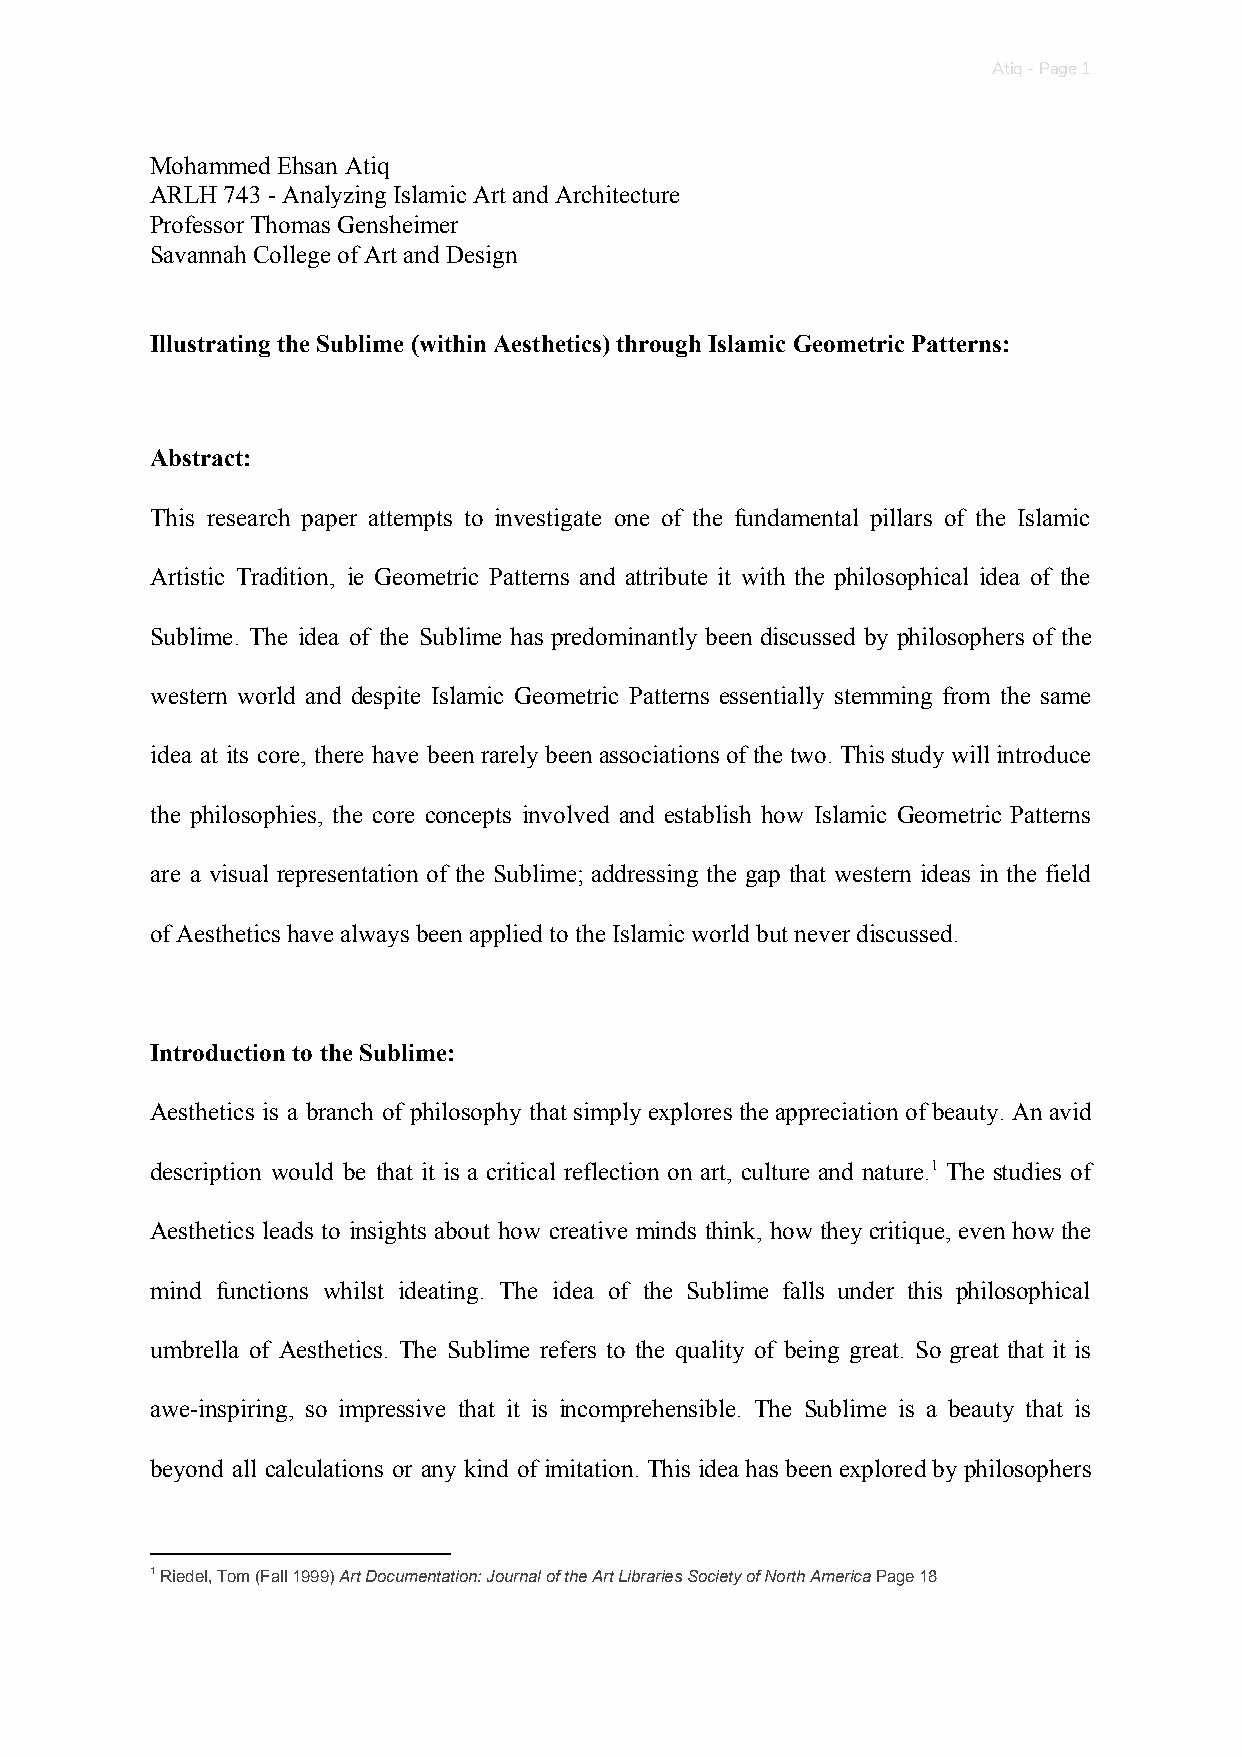
Atiq - Page 1
 Mohammed Ehsan Atiq
 ARLH 743 - Analyzing Islamic Art and Architecture
 Professor Thomas Gensheimer
 Savannah College of Art and Design
 Illustrating the Sublime (within Aesthetics) through Islamic Geometric Patterns:
 Abstract:
 This research paper attempts to investigate one of the fundamental pillars of the Islamic
 Artistic Tradition, ie Geometric Patterns and attribute it with the philosophical idea of the
 Sublime. The idea of the Sublime has predominantly been discussed by philosophers of the
 western world and despite Islamic Geometric Patterns essentially stemming from the same
 idea at its core, there have been rarely been associations of the two. This study will introduce
 the philosophies, the core concepts involved and establish how Islamic Geometric Patterns
 are a visual representation of the Sublime; addressing the gap that western ideas in the field
 of Aesthetics have always been applied to the Islamic world but never discussed.
 Introduction to the Sublime:
 Aesthetics is a branch of philosophy that simply explores the appreciation of beauty. An avid
 description would be that it is a critical reflection on art, culture and nature.1 The studies of
 Aesthetics leads to insights about how creative minds think, how they critique, even how the
 mind functions whilst ideating. The idea of the Sublime falls under this philosophical
 umbrella of Aesthetics. The Sublime refers to the quality of being great. So great that it is
 awe-inspiring, so impressive that it is incomprehensible. The Sublime is a beauty that is
 beyond all calculations or any kind of imitation. This idea has been explored by philosophers
 1 Riedel, Tom (Fall 1999) Art Documentation: Journal of the Art Libraries Society of North America Page 18
 ​          ​                                  ​